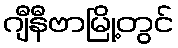
ဂျီနီဗာမြို့တွင်